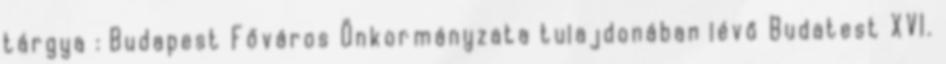
tárgya : Budapest Főváros Önkormányzata tulajdonában lévő Budatest XVI.